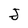
Character: J